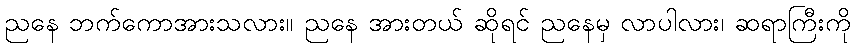
ညနေ ဘက်ကောအားသလား။ ညနေ အားတယ် ဆိုရင် ညနေမှ လာပါလား၊ ဆရာကြီးကို